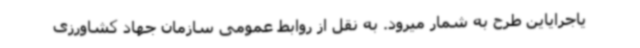
یاجرایاین طرح به شمار میرود. به نقل از روابط عمومی سازمان جهاد کشاورزی